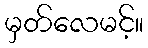
မှတ်လေမင့်။